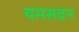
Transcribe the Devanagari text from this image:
यमसदन